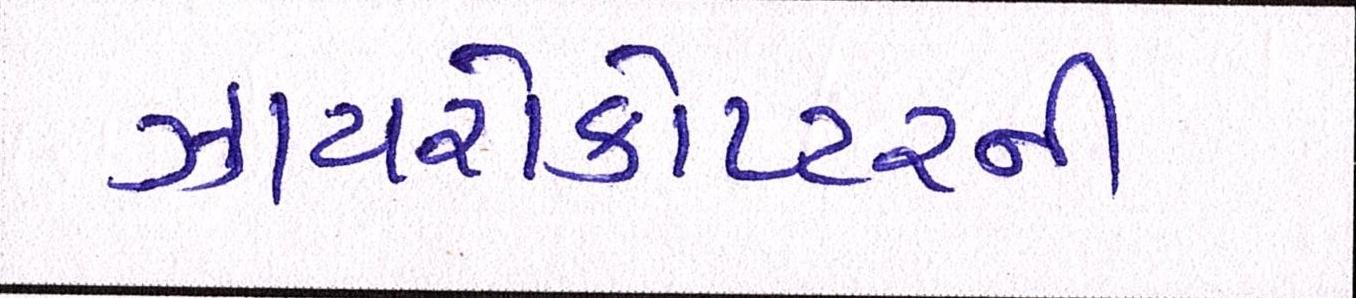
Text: ઝાયરોકોપ્ટરની